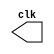
//---------------------------
//Nome: Silvino Henrique Santos de Souza
//Matrcula: 412773
//---------------------------


// ----------------------------
// -- clock
// ----------------------------

module clock ( clk );
 output clk;
 reg    clk;

 initial
  begin
   clk = 1'b0;
  end

 always
  begin
   #24 clk = ~clk;
  end
endmodule



// ----------------------------
// -- exercicio 1
// ----------------------------

module guia0901 (signal,clock);

 input  clock;
 output signal;
 reg    signal;

  initial
  begin
   signal = 1'b0;
  end

 always
  begin
   #12 signal = ~signal;
	
  end
endmodule



// ----------------------------
// -- exercicio 2
// ----------------------------

module guia0902 (signal,clock);

 input  clock;
 output signal;
 reg    signal;

  initial
  begin
   signal = 1'b0;
  end

 always
  begin
   #96 signal = ~signal;
	
  end
endmodule



// ----------------------------
// -- exercicio 3
// ----------------------------

module guia0903 (signal,clock);
 input  clock;
 output signal;
 reg    signal;


 always @ ( posedge clock )
  begin
      signal = 1'b1;
	#6 signal = 1'b0;
  end
  
 always @ ( negedge clock )
  begin
  		signal = 1'b1;
   #6 signal = 1'b0;
	
  end
endmodule



// ----------------------------
// -- exercicio 4
// ----------------------------

module guia0904 ( signal,clock );
 input  clock;
 output signal;
 reg    signal;

  
 always @ ( negedge clock )
  begin
  		  signal = 1'b1;
    #96 signal = 1'b0;
  end
endmodule



// ----------------------------
// -- exercicio 5
// ----------------------------

module guia0905 ( signal,clock );
 input  clock;
 output signal;
 reg    signal;

  
 always @ ( posedge clock )
  begin
  	    signal = 1'b1;
    #6 signal = 1'b0;
  end
endmodule




// ----------------------------
// -- teste
// ----------------------------

module teste;

 wire  clock;
 clock clk1 ( clock );
 
 wire exercicio1, exercicio2, exercicio3, exercicio4, exercicio5;
 
 guia0901 GUIA0901 (exercicio1,clock);
 guia0902 GUIA0902 (exercicio2,clock);
 guia0903 GUIA0903 (exercicio3,clock);
 guia0904 GUIA0904 (exercicio4,clock);
 guia0905 GUIA0905 (exercicio5,clock);

 initial begin
  $dumpfile ( "guia09.vcd" );
  $dumpvars (1, clock, exercicio1, exercicio2, exercicio3, exercicio4, exercicio5);
  #480 $finish;
  
 end
endmodule